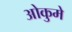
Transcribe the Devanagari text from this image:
ओकुमे